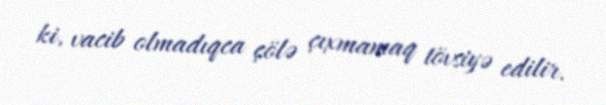
ki, vacib olmadıqca çölə çıxmamaq tövsiyə edilir.